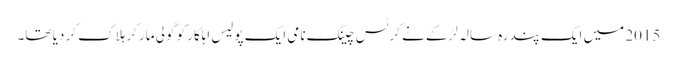
2015 میں ایک پندرہ سالہ لڑکے نے کرٹس چینگ نامی ایک پولیس اہلکار کو گولی مار کر ہلاک کر دیا تھا۔